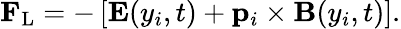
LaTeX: \mathbf{F}_{\mathrm{L}}=-\left[\mathbf{E}(y_{i},t)+\mathbf{p}_{i}\times\mathbf{B}(y_{i},t)\right].